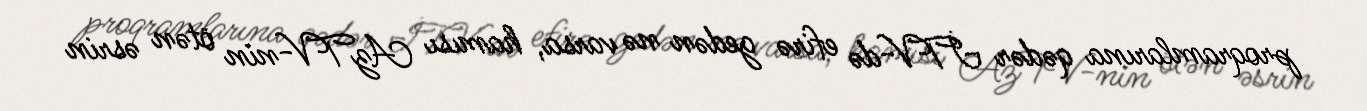
proqramlarına qədər İTV-də efirə gedən nə varsa, hamısı AzTV-nin ötən əsrin